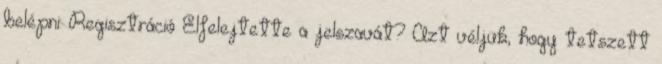
belépni: Regisztráció Elfelejtette a jelszavát? Azt véljük, hogy tetszett